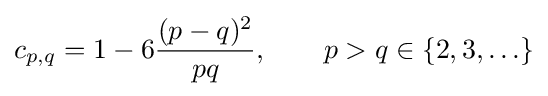
c_{p,q}=1-6{\frac {(p-q)^{2}}{pq}},\qquad p>q\in \{2,3,\ldots \}